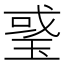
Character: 𤦂